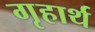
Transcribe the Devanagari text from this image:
गृहार्थ